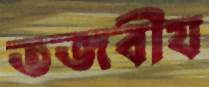
তজবীয